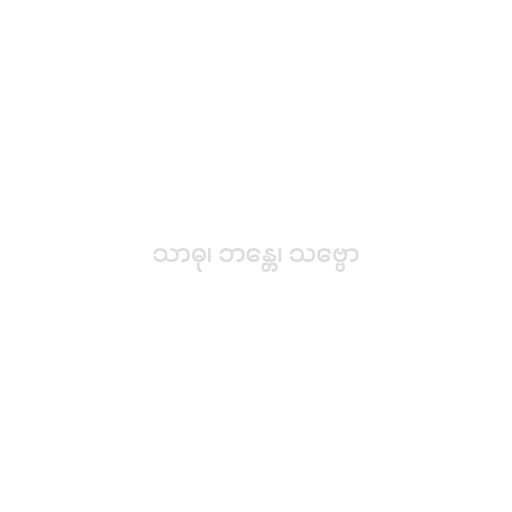
သာဓု၊ ဘန္တေ၊ သဗ္ဗော